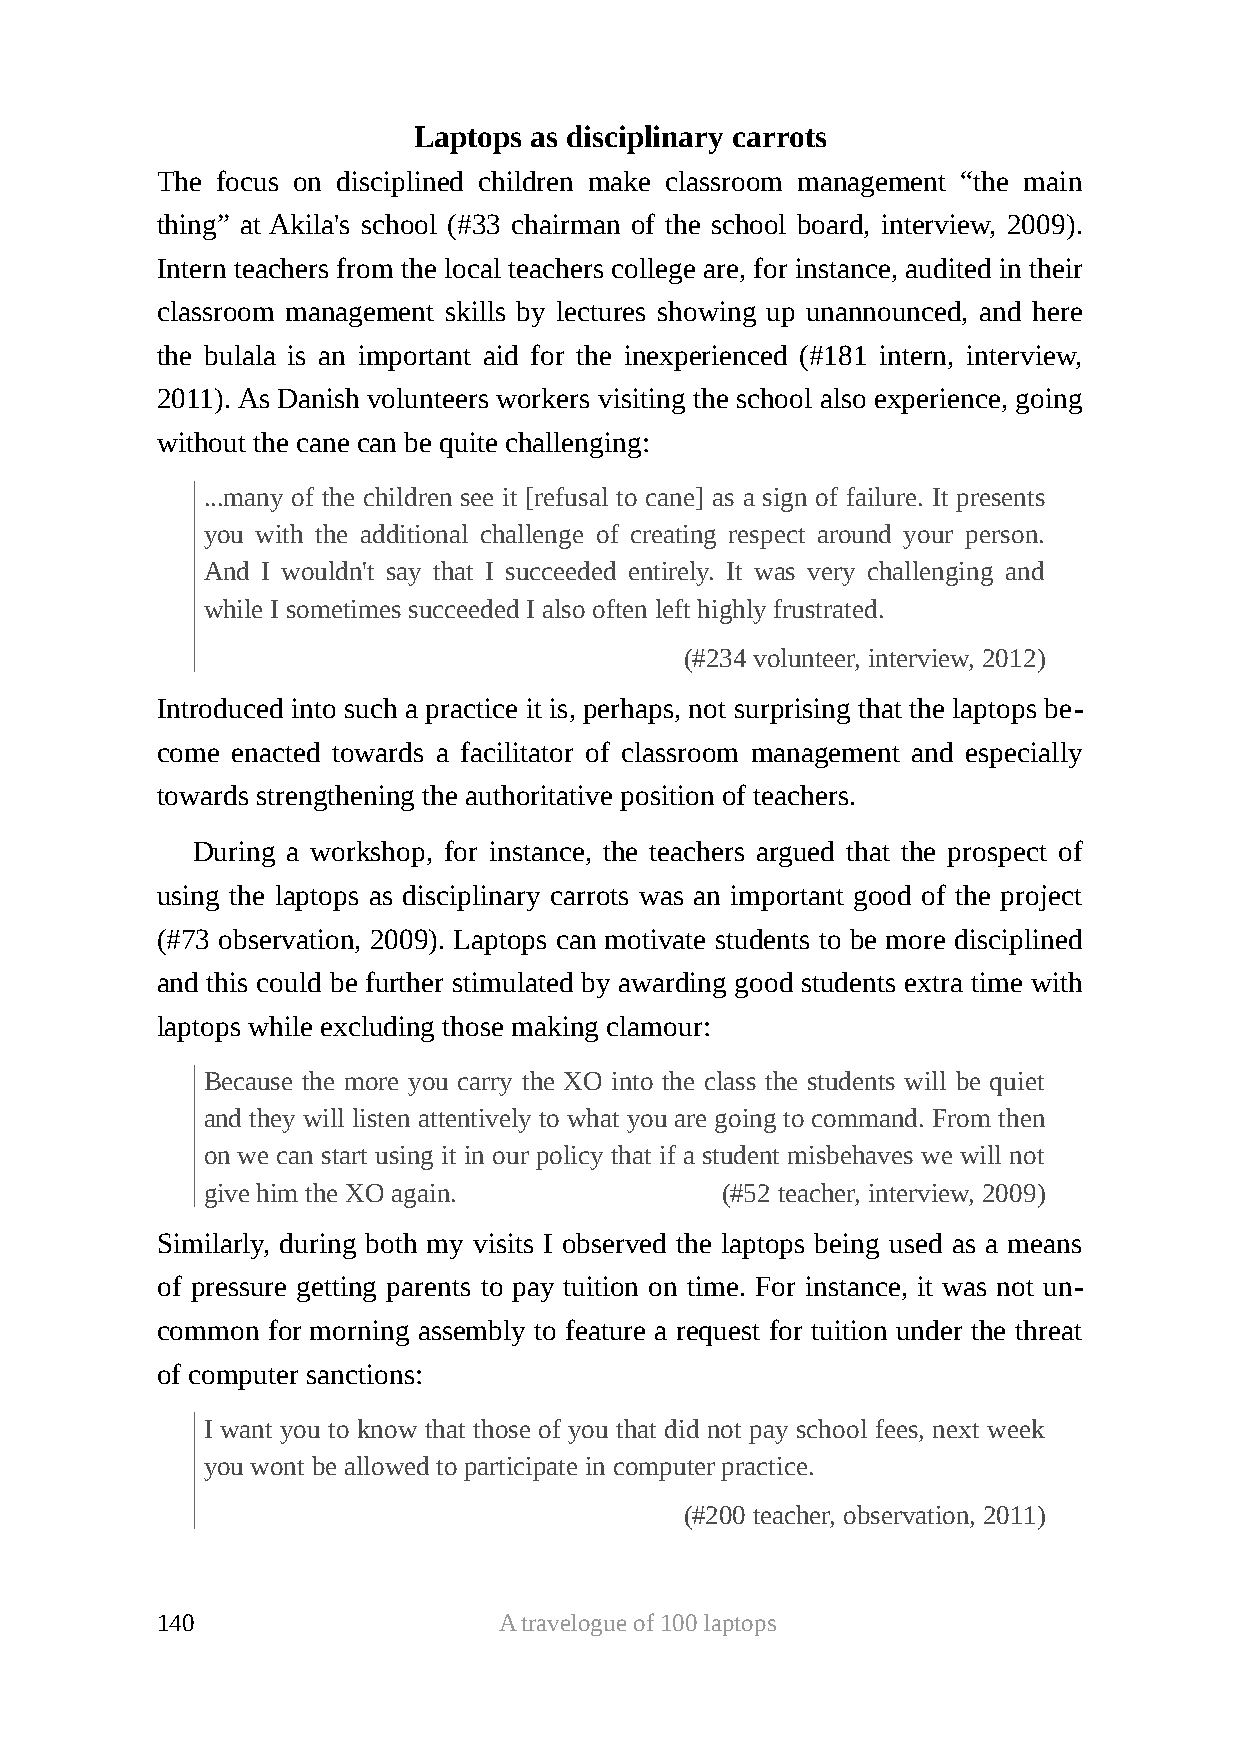
Laptops as disciplinary carrots
 The focus on disciplined children make classroom management “the main
 thing” at Akila's school (#33 chairman of the school board, interview, 2009).
 Intern teachers from the local teachers college are, for instance, audited in their
 classroom management skills by lectures showing up unannounced, and here
 the bulala is an important aid for the inexperienced (#181 intern, interview,
 2011). As Danish volunteers workers visiting the school also experience, going
 without the cane can be quite challenging:
 ...many of the children see it [refusal to cane] as a sign of failure. It presents
 you with the additional challenge of creating respect around your person.
 And I wouldn't say that I succeeded entirely. It was very challenging and
 while I sometimes succeeded I also often left highly frustrated.
 (#234 volunteer, interview, 2012)
 Introduced into such a practice it is, perhaps, not surprising that the laptops be-
 come enacted towards a facilitator of classroom management and especially
 towards strengthening the authoritative position of teachers.
 During a workshop, for instance, the teachers argued that the prospect of
 using the laptops as disciplinary carrots was an important good of the project
 (#73 observation, 2009). Laptops can motivate students to be more disciplined
 and this could be further stimulated by awarding good students extra time with
 laptops while excluding those making clamour:
 Because the more you carry the XO into the class the students will be quiet
 and they will listen attentively to what you are going to command. From then
 on we can start using it in our policy that if a student misbehaves we will not
 give him the XO again.            (#52 teacher, interview, 2009)
 Similarly, during both my visits I observed the laptops being used as a means
 of pressure getting parents to pay tuition on time. For instance, it was not un-
 common  for morning assembly to feature a request for tuition under the threat
 of computer sanctions:
 I want you to know that those of you that did not pay school fees, next week
 you wont be allowed to participate in computer practice.
 (#200 teacher, observation, 2011)
 140                    A travelogue of 100 laptops